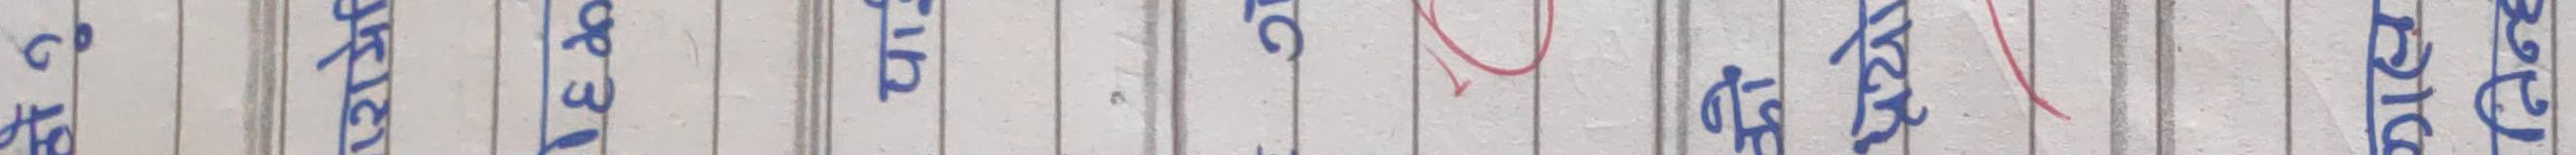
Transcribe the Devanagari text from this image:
प्र०श् उत्तर प्रश्न ३० को उत्तर विकल्प उत्तर विकल्प अंक